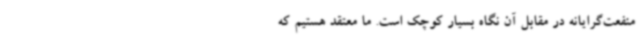
منفعت‌گرایانه در مقابل آن نگاه بسیار کوچک است. ما معتقد هستیم که